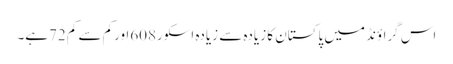
اس گراؤنڈ میں پاکستان کا زیادہ سے زیادہ اسکور608اورکم سے کم 72ہے۔